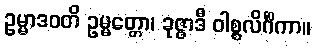
ဥမ္မာဒဝတိ ဥမ္မတ္တော၊ ခုဇ္ဇာဒီ ဝါစ္စလိင်္ဂိကာ။